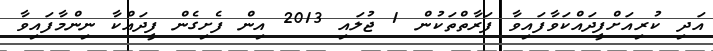
އަދި ކުރިއަށްފީދައްކަވާފައިވާ ފަރާތްތަކުން 1 ޖުލައި 2013 އިން ފެށިގެން ފީދައްކާ ނިންމާފައިވާ